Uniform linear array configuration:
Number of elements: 64
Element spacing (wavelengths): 0.25
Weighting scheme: hann
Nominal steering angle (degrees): -30
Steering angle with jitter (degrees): -28.171
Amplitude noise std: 0.05
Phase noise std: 0.05

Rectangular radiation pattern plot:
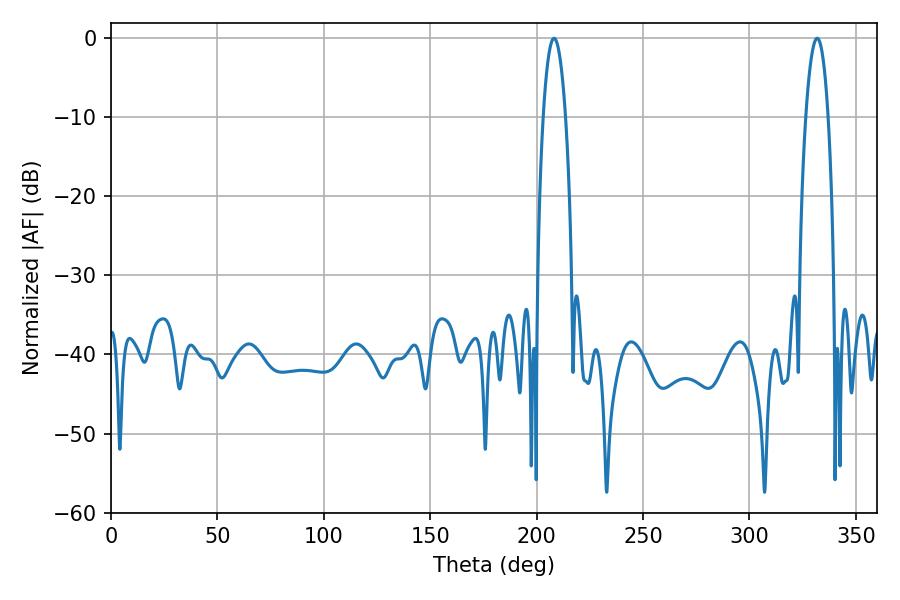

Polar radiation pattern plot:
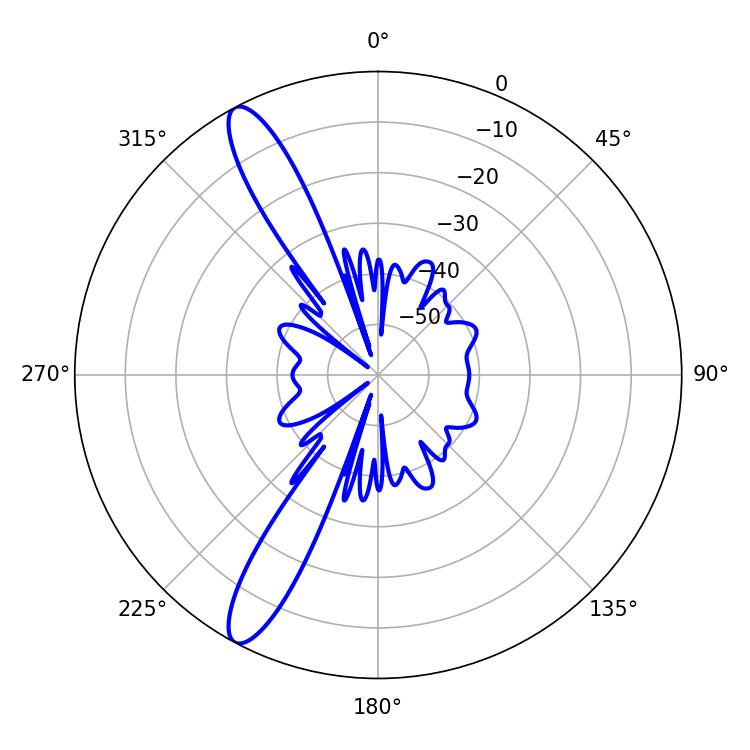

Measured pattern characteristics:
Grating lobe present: FALSE
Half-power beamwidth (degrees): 5.76
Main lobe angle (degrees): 331.74